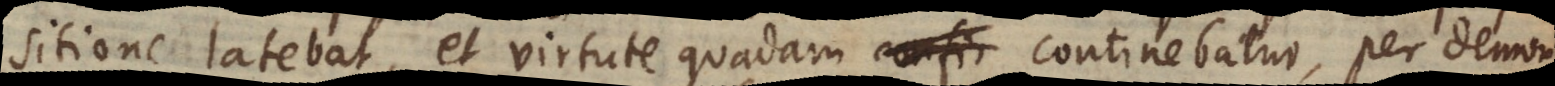
sitione latebat, et virtute quadam confir continebatur, per demon